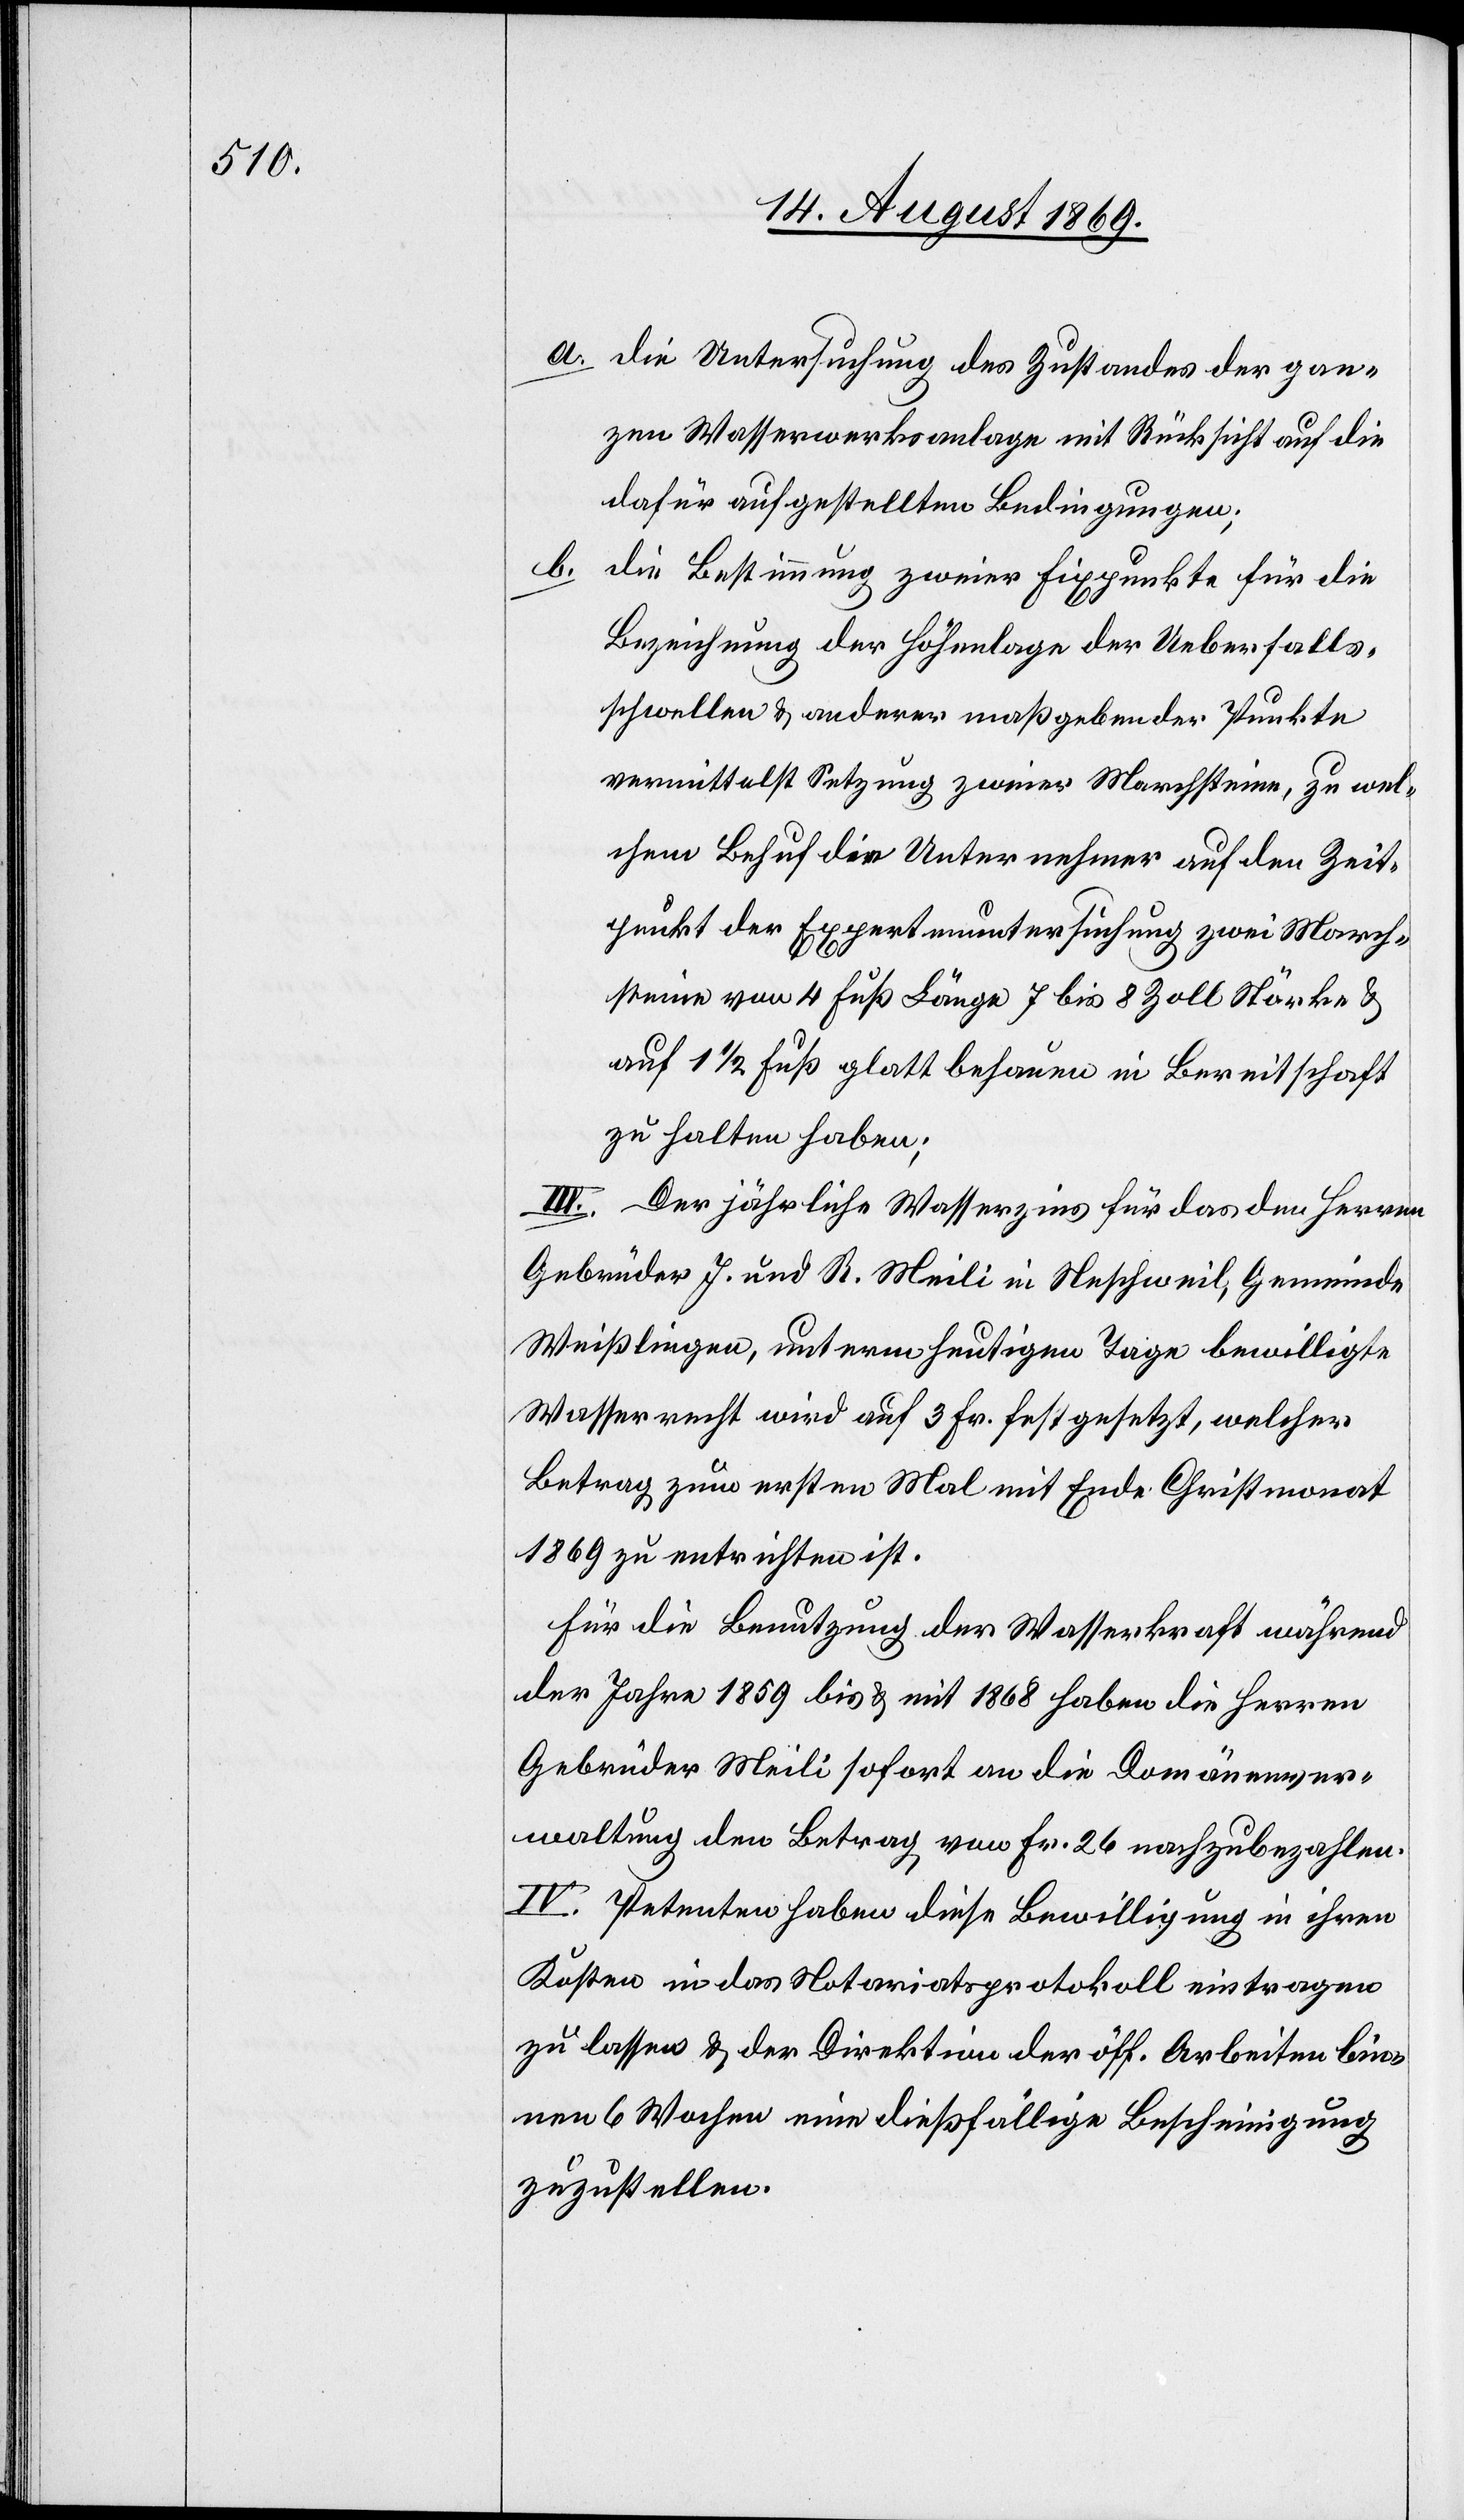
a. die Untersuchung des Zustandes der gan¬
zen Wasserwerksanlage mit Rücksicht auf die
dafür aufgestellten Bedingungen;
b. die Bestimmung zweier Fixpunkte für die
Bezeichnung der Höhenlage der Ueberfalls¬
schwellen & anderer maßgebender Punkte
vermittelst Setzung zweier Marchsteine, zu wel¬
chem Behuf die Unternehmer auf den Zeit¬
punkt der Expertenuntersuchung zwei March¬
steine von 4 Fuß Länge 7 bis 8 Zoll Stärke &
auf 1 1/2 Fuß glatt behauen in Bereitschaft
zu halten haben;
III. Der jährliche Wasserzins für das den Herren
Gebrüder J. und R. Meili in Neschweil, Gemeinde
Weißlingen, unterm heutigen Tage bewilligte
Wasserrecht wird auf 3 Fr. festgesetzt, welcher
Betrag zum ersten Mal mit Ende Christmonat
1869 zu entrichten ist.
Für die Benutzung der Wasserkraft während
der Jahre 1859 bis & mit 1868 haben die Herren
Gebrüder Meili sofort an die Domänenver¬
waltung den Betrag von Fr. 26 nachzubezahlen.
IV. Petenten haben diese Bewilligung in ihren
Kosten in das Notariatsprotokoll eintragen
zu lassen & der Direktion der öff. Arbeiten bin¬
nen 6 Wochen eine dießfällige Bescheinigung
zuzustellen.